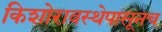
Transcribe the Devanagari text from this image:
किशोरावस्थेपासूनच